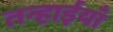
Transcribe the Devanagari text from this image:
तन्हाईयाँ